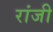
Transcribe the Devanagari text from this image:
रांजी